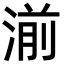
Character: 湔